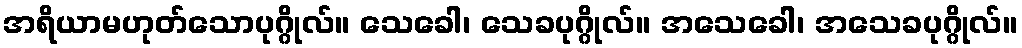
အရိယာမဟုတ်သောပုဂ္ဂိုလ်။ သေခေါ၊ သေခပုဂ္ဂိုလ်။ အသေခေါ၊ အသေခပုဂ္ဂိုလ်။